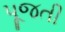
પૂજતી